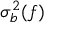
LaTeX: \sigma _ { b } ^ { 2 } ( f )